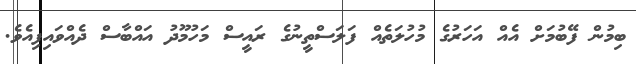
ބިމުން ފޭބުމަށް އެއް އަހަރުގެ މުހުލަތެއް ފަލަސްތީނުގެ ރައީސް މަހުމޫދު އައްބާސް ދެއްވައިފިއެވެ.